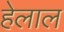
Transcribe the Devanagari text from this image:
हेलाल